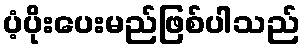
ပံ့ပိုးပေးမည်ဖြစ်ပါသည်